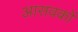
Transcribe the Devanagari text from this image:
आसवकों